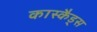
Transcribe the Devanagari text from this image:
कास्कैड्स